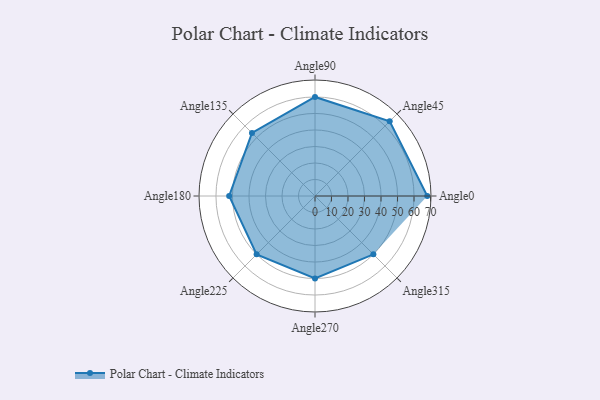
{"axis": {"x": "Angle", "y": "Radius"}, "legend": [""], "data": [{"x": "Angle0", "y": 68.0, "type": ""}, {"x": "Angle45", "y": 64.0, "type": ""}, {"x": "Angle90", "y": 60.0, "type": ""}, {"x": "Angle135", "y": 54.0, "type": ""}, {"x": "Angle180", "y": 52.0, "type": ""}, {"x": "Angle225", "y": 50, "type": ""}, {"x": "Angle270", "y": 50, "type": ""}, {"x": "Angle315", "y": 50, "type": ""}]}